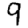
Digit: 9